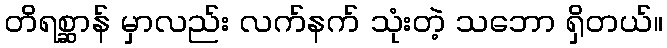
တိရစ္ဆာန် မှာလည်း လက်နက် သုံးတဲ့ သဘော ရှိတယ်။